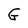
Character: G